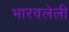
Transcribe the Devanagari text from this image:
भारवलेली